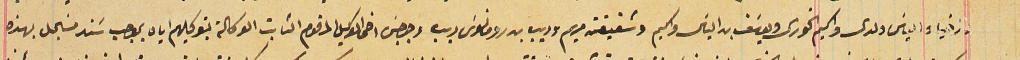
وزخيا والياسَ ولدى واكيم الخورى ويوسَف بن الياسَ واكيم وشقيقته مريم وديب بن رومانوسَ ديب وجرجسَ اخى الوكيل المرقوم الثابت الوكالة بتوكيلهم اياه بموجب سَند مسَجل بهذه